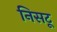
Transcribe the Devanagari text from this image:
निसटू